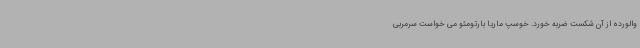
والورده از آن شکست ضربه خورد. خوسپ ماریا بارتومئو می خواست سرمربی